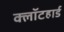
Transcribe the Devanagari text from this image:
क्लॉटहार्ड